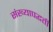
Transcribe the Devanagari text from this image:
संख्यापद्धती